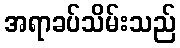
အရာခပ်သိမ်းသည်